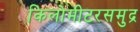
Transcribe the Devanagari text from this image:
किलोमीटरसमुद्र